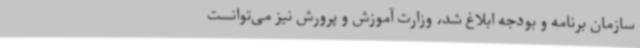
سازمان برنامه و بودجه ابلاغ شد، وزارت آموزش و پرورش نیز می‌توانست